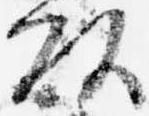
頭